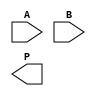
module WallaceTreeMultiplier #(parameter N = 4) (
    input  [N-1:0] A,  // Multiplicand
    input  [N-1:0] B,  // Multiplier
    output [2*N-1:0] P // Product
);
    
    // Generate Partial Products
    wire [N-1:0] pp [0:N-1]; // Partial products
    genvar i, j;
    generate
        for (i = 0; i < N; i = i + 1) begin : pp_gen
            assign pp[i] = A & {N{B[i]}}; // AND operation for partial product
        end
    endgenerate

    // Wallace Tree Reduction
    wire [N-1:0] sum [0:N-1]; // Sums of the partial products
    wire [N-1:0] carry [0:N-1]; // Carries from the adders

    // Stage 1: Combine partial products
    generate
        for (i = 0; i < N-1; i = i + 1) begin : stage1
            if (i % 3 == 0) begin
                assign {carry[i/3], sum[i/3]} = pp[i] + pp[i+1] + pp[i+2];
            end
        end
    endgenerate

    // Stage 2: Combine the results from Stage 1
    wire [N-1:0] stage2_sum [0:(N/3)]; // Sums from stage 1
    wire [N-1:0] stage2_carry [0:(N/3)]; // Carries from stage 1

    generate
        for (i = 0; i < (N/3); i = i + 1) begin : stage2
            assign {stage2_carry[i], stage2_sum[i]} = sum[i*3] + sum[i*3+1] + sum[i*3+2];
        end
    endgenerate

    // Final Addition
    wire [2*N-1:0] final_sum; // Final sum
    wire [2*N-1:0] final_carry; // Final carry

    assign final_sum = {1'b0, stage2_sum[0]} + {1'b0, stage2_sum[1]} + {1'b0, stage2_sum[2]};
    assign final_carry = {1'b0, stage2_carry[0]} + {1'b0, stage2_carry[1]} + {1'b0, stage2_carry[2]};

    // Final Product
    assign P = final_sum + final_carry;

endmodule